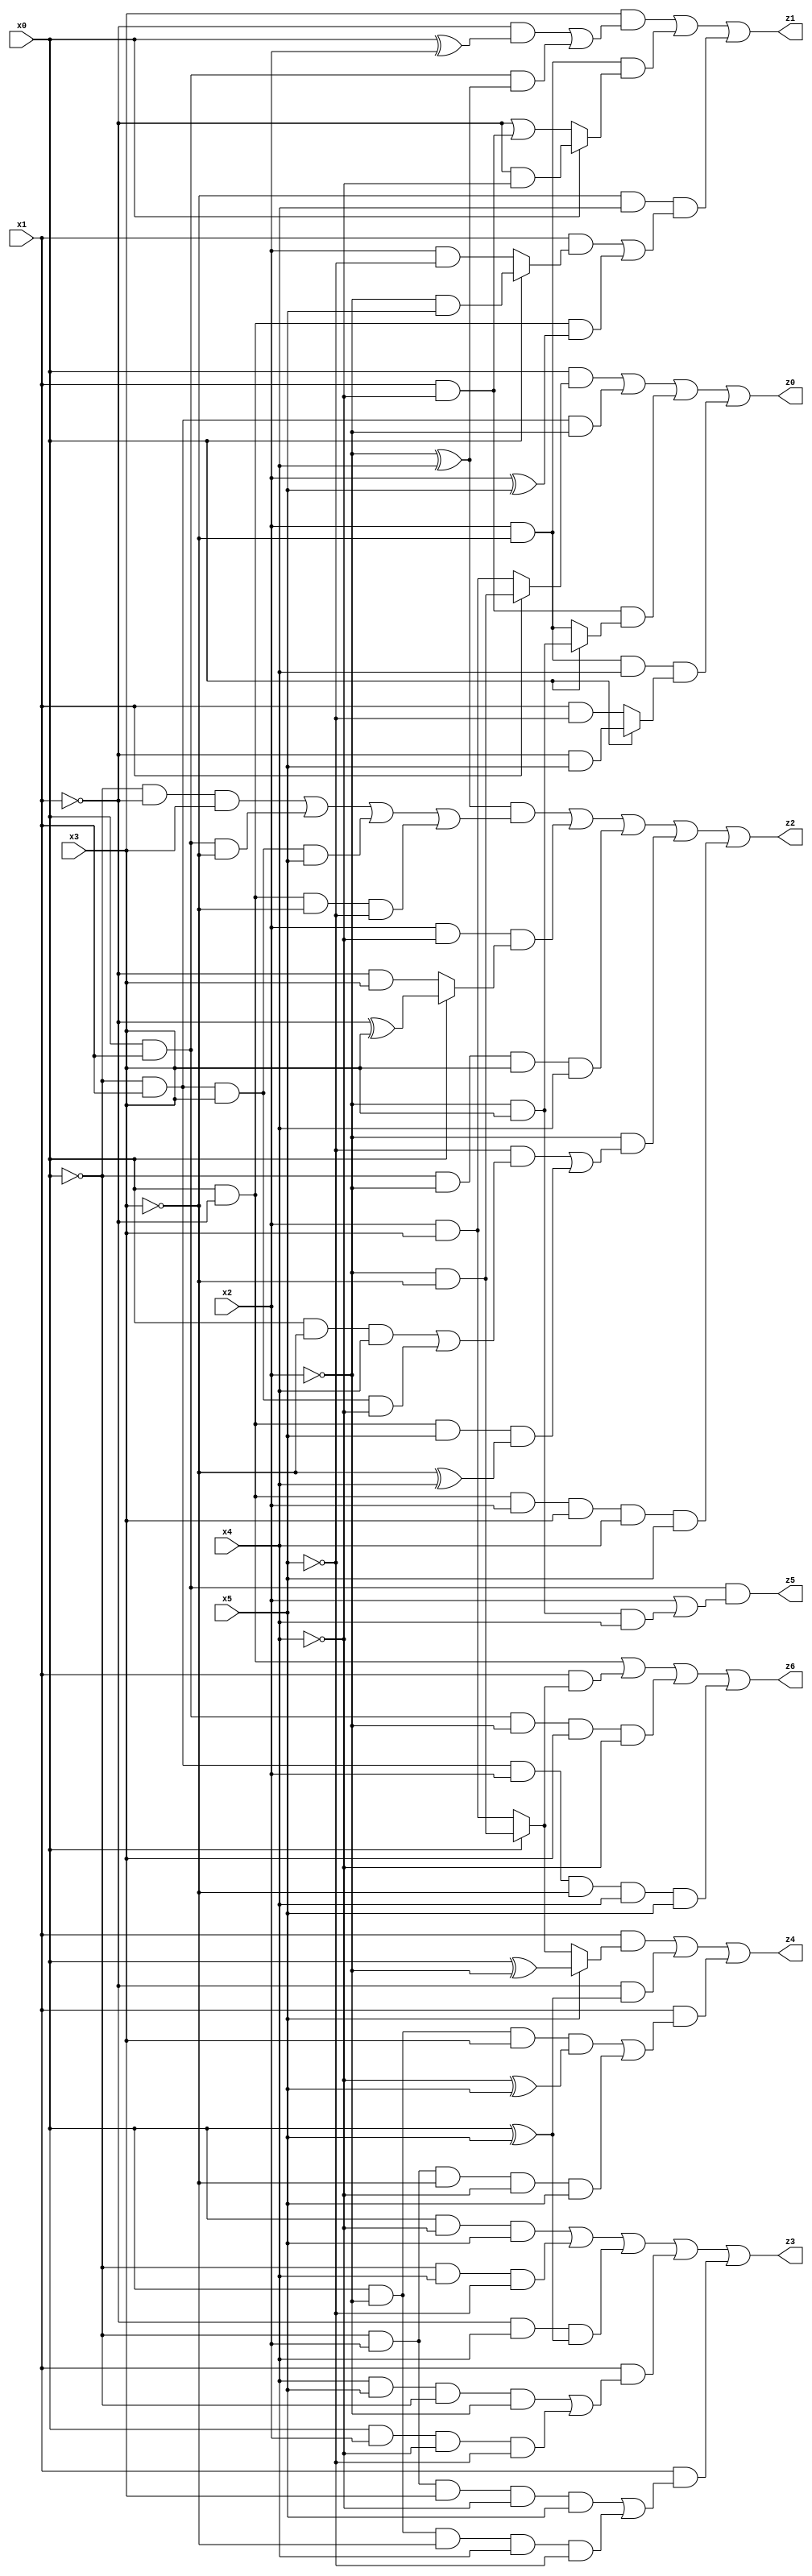
// Benchmark "X_19" written by ABC on Thu Jun 29 21:17:02 2023

module X_19 ( 
    x0, x1, x2, x3, x4, x5,
    z0, z1, z2, z3, z4, z5, z6  );
  input  x0, x1, x2, x3, x4, x5;
  output z0, z1, z2, z3, z4, z5, z6;
  assign z0 = (x0 & (x1 ? (~x2 & ~x3) : (x2 & x3))) | (~x0 & x1 & ~x2) | (x1 & ~x4 & (x0 ? (~x2 & x3) : (x2 & ~x3))) | (x2 & ~x3 & x4 & (x0 ? (~x1 & x5) : (x1 & ~x5)));
  assign z1 = (x3 & ((~x1 & (x0 ^ x2)) | (x0 & x1 & (~x2 ^ x4)))) | (x2 & ~x3 & (x0 ? (~x1 & ~x4) : (~x1 | (x1 & ~x4)))) | (~x3 & x4 & ((x1 & (x0 ? (~x2 & x5) : (x2 & ~x5))) | (x0 & ~x1 & (x2 ^ x5))));
  assign z2 = ((~x2 ^ x4) & ((~x0 & ~x1 & x3) | (x0 & x1 & ~x3) | (~x0 & x1 & x3 & x5) | (x0 & ~x1 & ~x3 & ~x5))) | (x2 & ~x4 & (x0 ? (~x1 ^ x3) : (~x1 & x3))) | (~x0 & ~x2 & x3 & x4) | (~x2 & ((~x5 & ((x0 & ~x3 & x4) | (~x0 & x1 & x3 & ~x4))) | (x0 & ~x1 & x5 & (~x3 ^ x4)))) | (x0 & ~x1 & x2 & x3 & x4 & x5);
  assign z3 = (x0 & ~x4 & x5) | (~x0 & x4 & ~x5) | (~x1 & x4 & (x0 ^ x5)) | (x1 & ((x4 & x5 & ~x0 & ~x2) | (x0 & x2 & ~x4 & ~x5))) | (x1 & ((~x0 & x2 & x3 & ~x4 & x5) | (x0 & ~x2 & ~x3 & x4 & ~x5)));
  assign z4 = (x1 & (x5 ? (x0 ^ ~x2) : (x0 ? (~x2 & ~x3) : (x2 & x3)))) | (~x1 & (x0 ^ x5)) | (x1 & ((x0 & ~x2 & x3 & (~x4 ^ x5)) | (~x0 & x2 & ~x3 & ~x4 & x5)));
  assign z5 = x0 & x1 & (x2 | (~x2 & x3 & x4));
  assign z6 = (x0 & ~x1) | (x1 & (x0 ? (~x2 & ~x3) : (x2 & x3))) | (x0 & x1 & ~x2 & x3 & ~x4) | (~x0 & x1 & x2 & ~x3 & x4 & x5);
endmodule